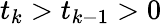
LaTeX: t_{k}>t_{k-1}>0